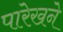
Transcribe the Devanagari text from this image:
पारेखने